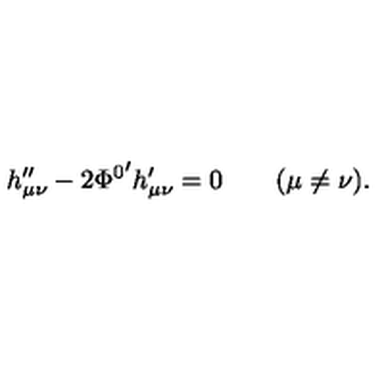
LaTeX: h _ { \mu \nu } ^ { \prime \prime } - 2 { \Phi ^ { 0 } } ^ { \prime } h _ { \mu \nu } ^ { \prime } = 0 \qquad ( \mu \neq \nu ) .